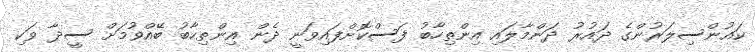
ކައުންސިލަރުންގެ ދައުރު ދަންމާލައި އިންތިހާބު ފަސްކޮށްފައިވަނީ ދެން އިންތިހާބު ބޭއްވުމަށް ސީދާ ވަކި